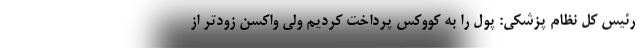
رئیس کل نظام پزشکی: پول را به کووکس پرداخت کردیم ولی واکسن زودتر از